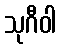
သုဂီဝါ